Cholera in India, 1862 to 1881
Year: 1862
Disease focus: Cholera
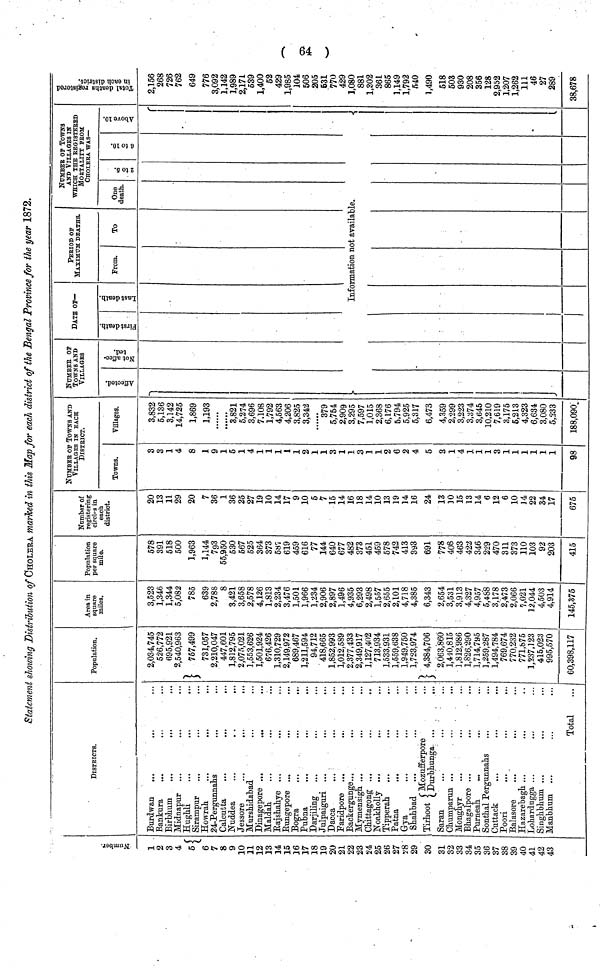
( 64 )
Statement showing Distribution of CHOLERA marked in this Map for each district of the Bengal Province for the year 1872.
Number
1
2
3
4
5
6
7
8
9
10
11
12
13
14
15
16
17
18
19
20
21
22
23
24
25
26
27
28
29
30
31
32
33
34
35
36
37
38
39
40
41
42
43
DISTRICTS
Burdwan
...
Bankura
Birbhum
...
...
Midnapur
Hughli
Sirampur
Howrah
24-Pergunnahs
...
Calcutta
Nuddea
Jessore
...
...
...
Murshidabad
Dinagepore ...
...
Maldah.
Rajshahye ...
Rungepore ...
Bogra
...
...
...
Pubna
Darjiling
Julpaiguri ...
Dacca
Faridpore
Backergunge...
Mymensigh ...
Chittagong ...
Noakholly ..,
Tipperah
Patna
Gya
Shahbad
Tirhoot ( Mozufferpore
Saran
Chumparun ...
Monghyr
Bhagalpore ...
Purneah.
Santhal Pergunnahs
Cuttack
Poori
Balasore
...
...
Hazarebagh ...
Lohardugga ...
Singhbhum ...
Manbhum ...
Total
Population.
2,034,745
526,772
695,921
2,540,963
757,499
731,057
2,210,047
447,601
1,812,795
2,075,021
1,553,626
1,501,924
676,426
1,310,729
2,149,972
689,467
1,211,594
94,712
418,665
1,852,993
1,012,589
2,377,433
2,349,917
1,127,402
713,934
1,533,931
1,559,638
1,949,750
1,723,974
] 4,384,706
2,063,860
1,440,815
1,812,'986
1,826,290
1,714,795
1,259,287
1,494,784
769,674
770,232
771,875
1,237,123
415,023
995,570
60,398,117
Area in
square
miles.
3,523
1,346
1,344
5,082
785
639
2,788
8
3,421
3,658
2,578
4,126
1,813
2,234
3,476
1,501
1,966
1,234
2,906
2,897
1,496
4,935
6,293
2,498
1,557
2,655
2,101
4,718
4,385
6,343
2,654
3,531
3,913
4,327
4,957
5,488
3,178
2,473
2,066
7,021
12,044
4,503
4,914
145,375
Population
per square
mile.
578
391
518
500
1,963
1,144
793
55,950
530
567
525
364
373
581
619
459
616
77
144
640
677
482
373
451
459
578
742
413
393
691
778
408
463
422
346
229
470
311
373
110
103
92
203
415
Number of
registering
circles in
each
district.
20
13
11
29
20
7
36
1
36
25
27
19
10
14
17
9
10
5
7
15
14
16
18
14
10
13
19
14
16
24
13
10
15
13
14
6
12
6
10
J4
22
34
17
675
NUMBER OF TOWNS AND
VILLAGES IN EACH
DISTRICT.
Towns.
3
3
1
4
8
1
9
1
5
1
4
1
1
1
1
1
2
1
1
3
1
1
3
1
1
2
6
2
4
5
3
1
4
1
1
1
3
1
1
1
1
1
1
98
Villages.
3,832
5,136
3,142
14,725
1,869
1,193
......
......
3,821
5,274
3,696
7.108
1,792
4,563
4,206
3,825
3,342
••••••
379
5,754
2,909
3,295
7,597
1,015
2,368
6,176
5,794
5,925
5,317
6,473
4,359
2,299
3,223
3,374
3,645
10,210
7,619
3,175
5,213
4,323
6,634
3,080
5,333
—
188,090
NUMBER OF3
TOWNS AND
VILLAGES
Affected
1
Not Affected
DATE OF—
First Death Last Death
PERIOD OF MAXIMUM DEATHS
MAXIMUM DEATHS.
From.
To
NUMBER OF TOWNS
AND VILLAGES IN
WHICH THE EEGI8TEEED
MORTALITY FROM
CHOlErA WAS—
One
death.
INFORMATION NOT AVAILABLE
6 to 10
Above 10 Total deaths Registered in Each
District
2,156
268
726
762
649
776
3,092
1,142
1,989
2,171
539
1,400
52
429
1,985
104
506
205
631
770
429
1,080
881
1,302
361
865
1,149
1,792
540
1,490
518
503
930
208
356
128
2,952
1,207
1,262
111
46
27
289
38,678